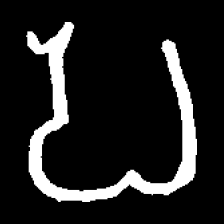
Pyu character \u2014 Myanmar letter: ပ (romanized: pa)